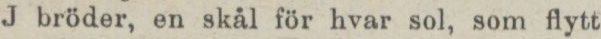
J bröder, en skål för hvar sol, som flytt